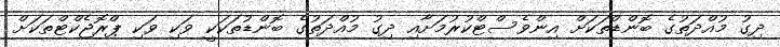
ދިގު މުއްދަތުގެ ބޮންޑްތަކަށް އިންވެސްޓްކުރުމަށާއި ދިގު މުއްދަތުގެ ބޮންޑުތަކަކީ ވަކި ވަކި ޕްރޮޖެކްޓްތަކަށް